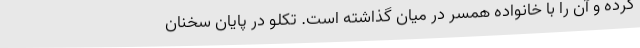
کرده و آن را با خانواده همسر در میان گذاشته است. تکلو در پایان سخنان